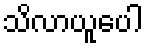
သိလာယူပေါ